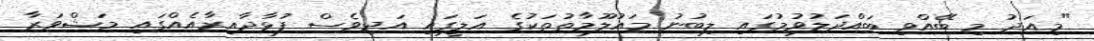
"މިއަދު މި ބޭއްވި ބައްދަލުވުމުގައި ލިބުނު މައުލޫމާތުތަކުގެ އަލީގައި އަދިވެސް ފުޅާދާއިރާއެއްގައި މަޝްވަރާ